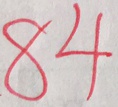
8 4